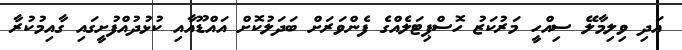
އަދި ވިލިމާލޭ ސިއްހީ މަރުކަޒު ހޮސްޕިޓަލެއްގެ ފެންވަރަށް ބަދަލުކޮށް އައްޑޫއާއި ކުޅުދުއްފުށީގައި ގާއިމުކުރާ